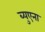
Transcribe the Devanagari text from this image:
ब्युएना